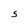
Character: S